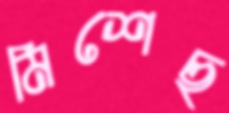
মিশেছ